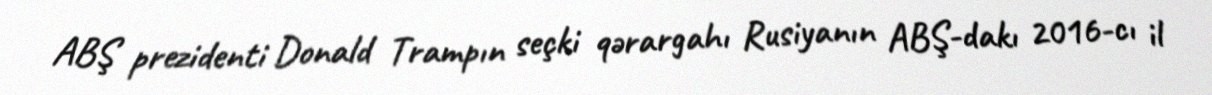
ABŞ prezidenti Donald Trampın seçki qərargahı Rusiyanın ABŞ-dakı 2016-cı il